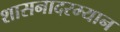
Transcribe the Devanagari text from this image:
शासनादरम्यान